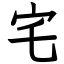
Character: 宅